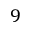
9